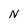
Character: N